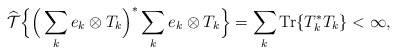
\begin{align*}\widehat{\mathcal T}\Big\{\Big(\sum_{k} e_k \otimes T_k \Big)^\ast \sum_{k} e_k \otimes T_k \Big \} = \sum_k \mathrm{Tr}\{T_k^\ast T_k\} <\infty,\end{align*}